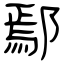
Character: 鄢